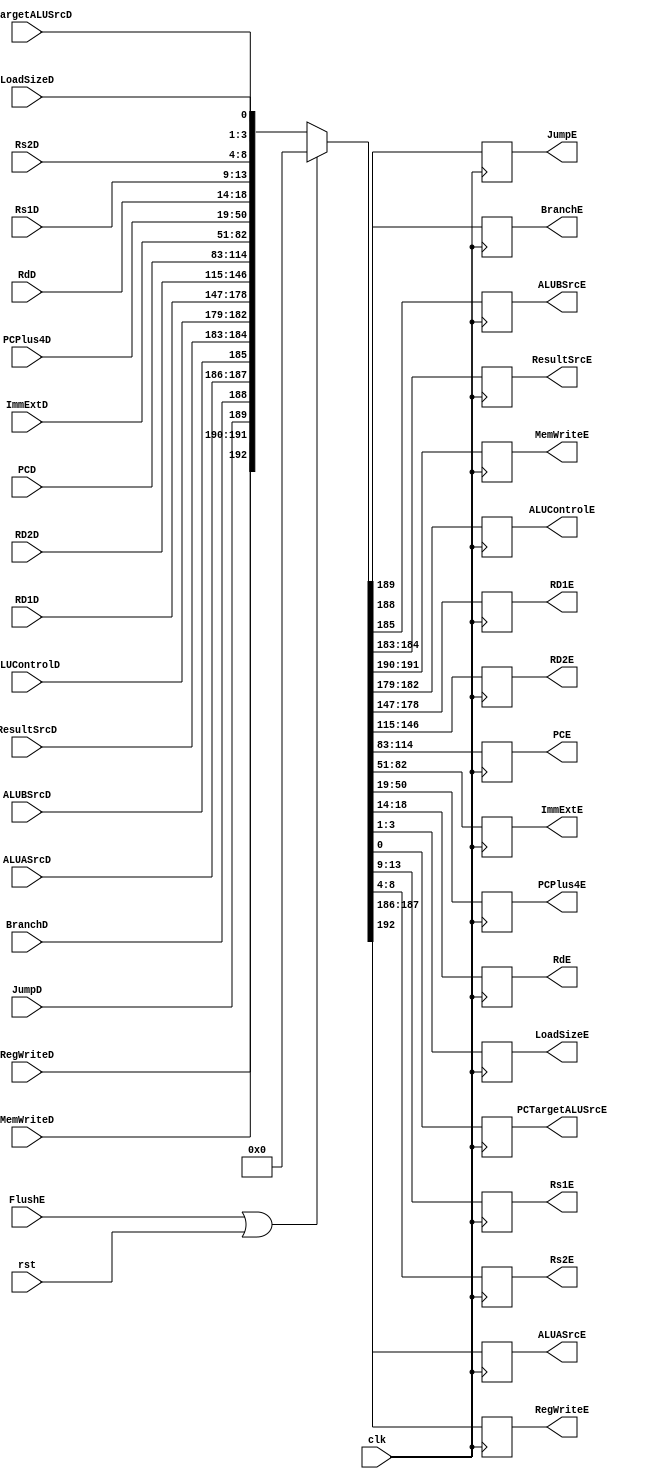
module id_ie_reg(
	input  		clk,rst,
	//Control Signals
	input  [1:0]      ALUASrcD,
	input  		      RegWriteD,  JumpD, BranchD, ALUBSrcD,
	input   [1:0] 	  ResultSrcD,MemWriteD,
	input   [3:0]  	  ALUControlD,
	input   [31:0]    RD1D, RD2D, PCD, ImmExtD,PCPlus4D,
	input   [11:7]    RdD,
	//Fowarding 
	input  [4:0]      Rs1D, Rs2D,		//Rs1D = InstrD[19:15] ,Rs2D = InstrD[24:20] This is for checking if the registers match causing a data hazard
	
	input  [2:0]      LoadSizeD,
	input  		      FlushE,
	input             PCTargetALUSrcD,
	
	output  reg [4:0] Rs1E, Rs2E,
	output  reg [1:0] ALUASrcE,
	output  reg		  RegWriteE, JumpE,BranchE, ALUBSrcE,
	output  reg [1:0] ResultSrcE,MemWriteE,
	output  reg [3:0] ALUControlE,
    output  reg [31:0]RD1E, RD2E, PCE, ImmExtE,PCPlus4E,
	output  reg [11:7]RdE,
	output  reg [2:0] LoadSizeE,
	output  reg       PCTargetALUSrcE
	
);
	always@(posedge clk) begin
		if (FlushE | rst) {RegWriteE, MemWriteE, JumpE, BranchE, ALUASrcE, ALUBSrcE,
							 ResultSrcE,  ALUControlE, RD1E, RD2E,PCE, ImmExtE, PCPlus4E, RdE, Rs1E, 
							 Rs2E,LoadSizeE,PCTargetALUSrcE} <= 0;
		else {RegWriteE, MemWriteE, JumpE, BranchE, ALUASrcE,
				ALUBSrcE, ResultSrcE, ALUControlE, 
				RD1E, RD2E,PCE, ImmExtE, PCPlus4E, RdE, Rs1E, Rs2E,LoadSizeE,PCTargetALUSrcE} <= {RegWriteD, MemWriteD, JumpD, BranchD, ALUASrcD, ALUBSrcD, 
																						  ResultSrcD, ALUControlD, RD1D, RD2D, 
																						  PCD, ImmExtD, PCPlus4D, RdD, Rs1D, Rs2D,LoadSizeD,PCTargetALUSrcD};
		
	end
endmodule